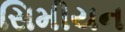
સિમીયન